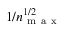
1 / n _ { \mathrm { ~ m ~ a ~ x ~ } } ^ { 1 / 2 }